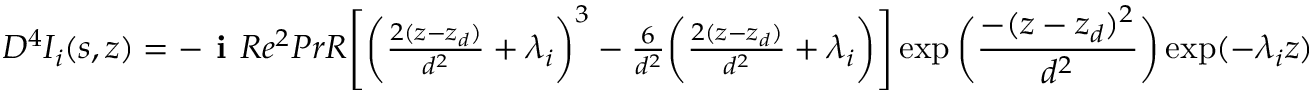
\begin{array} { r } { D ^ { 4 } I _ { i } ( s , z ) = - \textbf { i } R e ^ { 2 } P r R \Bigg [ \bigg ( \frac { 2 ( z - z _ { d } ) } { d ^ { 2 } } + \lambda _ { i } \bigg ) ^ { 3 } - \frac { 6 } { d ^ { 2 } } \bigg ( \frac { 2 ( z - z _ { d } ) } { d ^ { 2 } } + \lambda _ { i } \bigg ) \Bigg ] \exp \bigg ( \displaystyle \frac { - ( z - z _ { d } ) ^ { 2 } } { d ^ { 2 } } \bigg ) \exp ( - \lambda _ { i } z ) } \end{array}